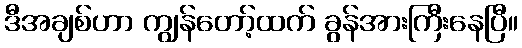
ဒီအချစ်ဟာ ကျွန်တော့်ထက် ခွန်အားကြီးနေပြီ။